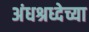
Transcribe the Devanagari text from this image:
अंधश्रध्देच्या